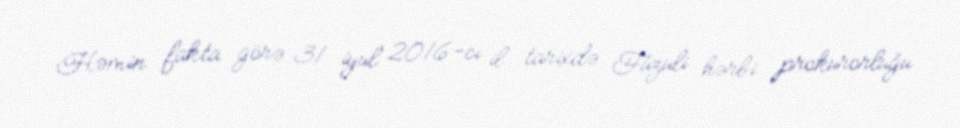
Həmin fakta görə 31 iyul 2016-cı il tarixdə Füzuli hərbi prokurorluğu